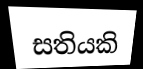
සතියකි